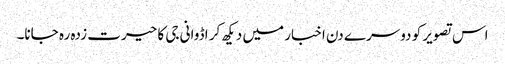
اس تصویر کو دوسرے دن اخبار میں دیکھ کر اڈوانی جی کا حیرت زدہ رہ جانا۔